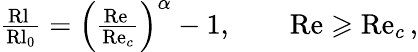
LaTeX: \begin{array}{r}{\frac{\mathrm{Rl}\ }{\mathrm{Rl}_{0}}=\left(\frac{\mathrm{Re}\ }{\mathrm{Re}_{c}}\right)^{\alpha}-1,\qquad\mathrm{Re}\geqslant\mathrm{Re}_{c}\, ,}\end{array}